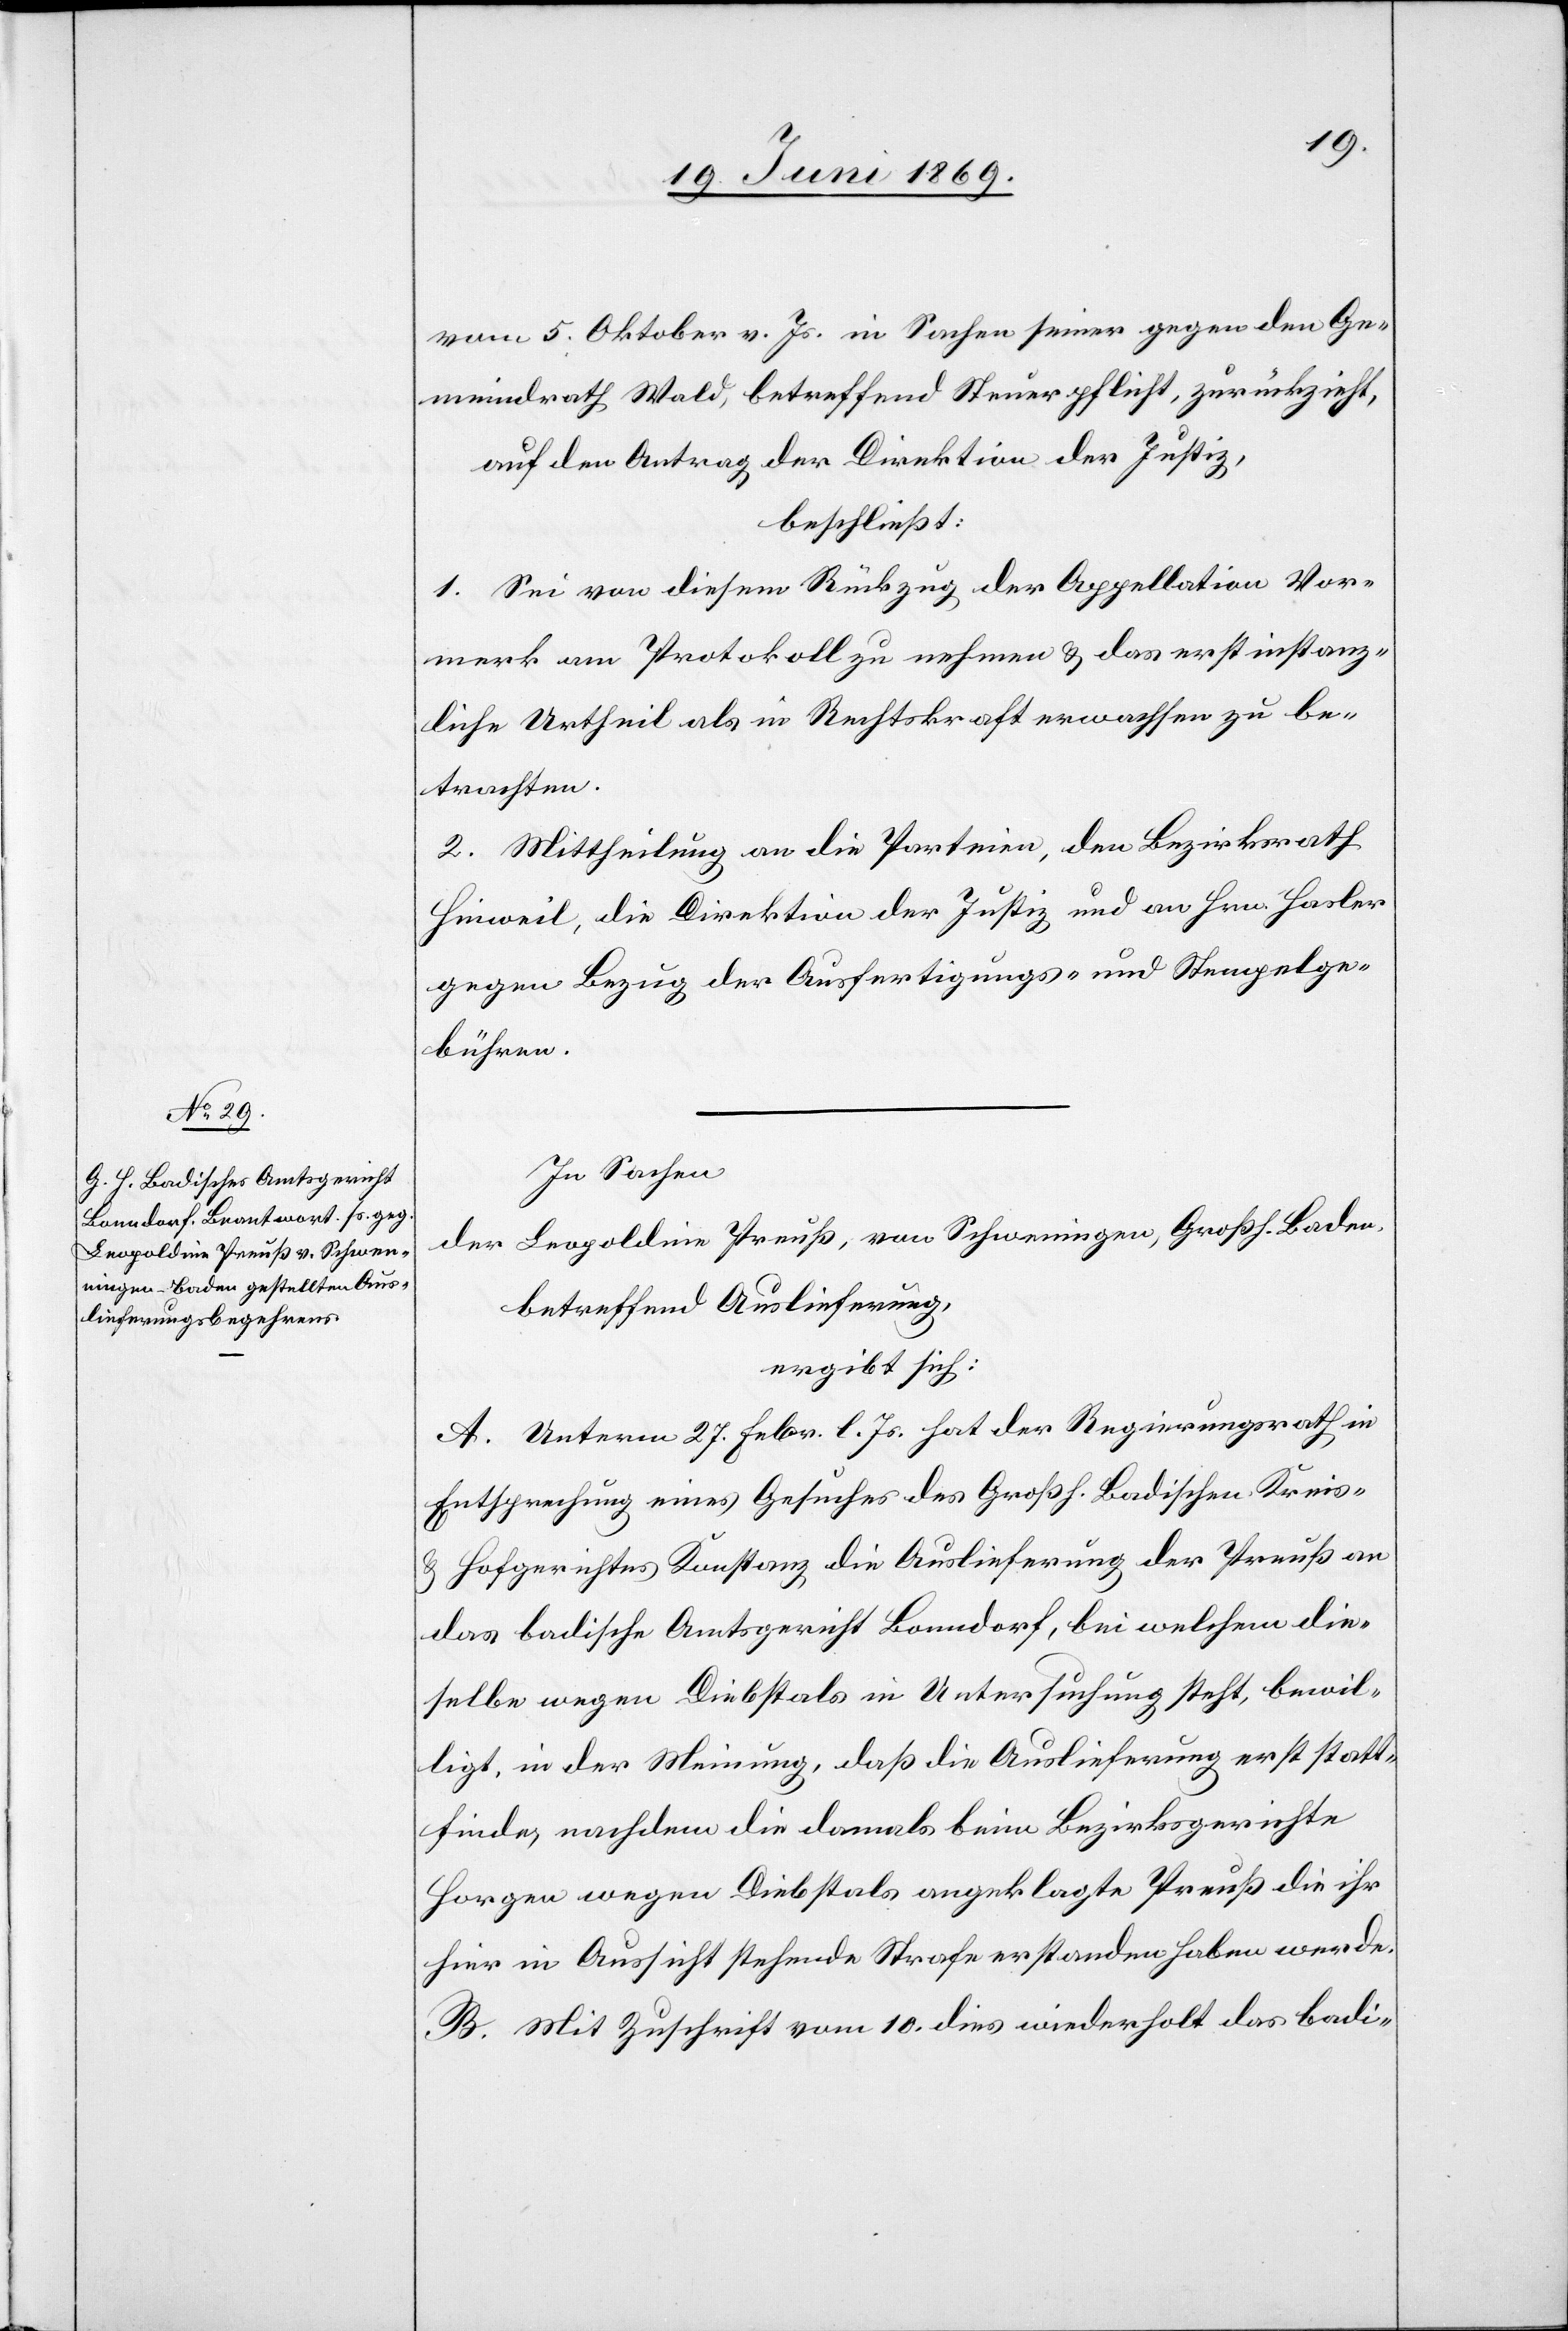
vom 5 Oktober v. Js. in Sachen seiner gegen den Ge¬
meindrath Wald, betreffend Steuerpflicht, zurückzieht,
auf den Antrag der Direktion der Justiz,
beschließt:
1. Sei von diesem Rückzug der Appellation Vor¬
merk am Protokolle zu nehmen u. das erstinstanz¬
liche Urtheil als in Rechtskraft erwachsen zu be¬
trachten.
2. Mittheilung an die Parteien, den Bezirksrath
Hinweil, die Direktion der Justiz, und an Hrn. Hasler
gegen Bezug der Ausfertigungs- u. Stempelge¬
bühren.
In Sachen,
der Leopoldine Preuß, von Schweningen, Großh. Baden,
betreffend Auslieferung,
ergibt sich:
A. Unterm 27 Febr. l. Js. hat der Regierungsrath in
Entsprechung eines Gesuches des Großh. Badischen Kreis-
u. Hofgerichtes Konstanz, die Auslieferung der Preuß an
das badische Amtsgericht Bonndorf, bei welchem die¬
selbe wegen Diebstals in Untersuchung steht, bewil¬
ligt, in der Meinung, daß die Auslieferung erst statt¬
finde, nachdem die damals beim Bezirksgerichte
Horgen wegen Diebstals angeklagte Preuß die ihr
hier in Aussicht stehende Strafe erstanden haben werde.
B. Mit Zuschrift vom 10 dies wiederholt das badi-